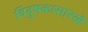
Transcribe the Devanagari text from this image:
विदूषकासारखे